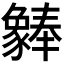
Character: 𬥆